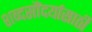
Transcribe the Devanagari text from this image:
शब्दसौंदर्यासाठी